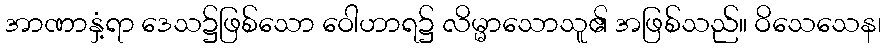
အာဏာနှံ့ရာ ဒေသ၌ဖြစ်သော ဝေါဟာရ၌ လိမ္မာသောသူ၏ အဖြစ်သည်။ ဝိသေသေန၊